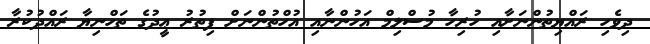
ދިވެހި ރައްޔިތުންނަށާއި ހުރިހާ މުސްލިމް އަހުންނާއި އުހްތުންނަށް ފިތުރު ޢީދުގެ ތަހްނިޔާ ރައްދުކުރާ